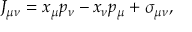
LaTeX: J _ { \mu \nu } = x _ { \mu } p _ { \nu } - x _ { \nu } p _ { \mu } + \sigma _ { \mu \nu } ,